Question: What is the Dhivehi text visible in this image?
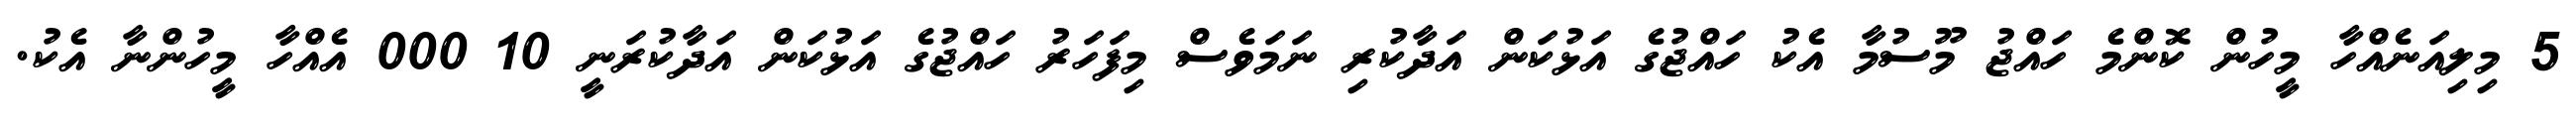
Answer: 5 މިލިއަނެއްހާ މީހުން ކޮންމެ ހައްޖު މޫސުމާ އެކު ހައްޖުގެ އަޅުކަން އަދާކުރި ނަމަވެސް މިފަހަރު ހައްޖުގެ އަޅުކަން އަދާކުރަނީ 10 000 އެއްހާ މީހުންނާ އެކު.